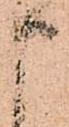
申